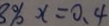
8 \% x = 0 . 4